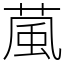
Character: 葻